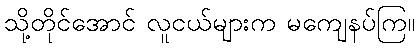
သို့တိုင်အောင် လူငယ်များက မကျေနပ်ကြ။